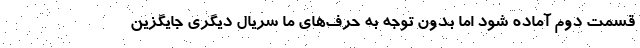
قسمت دوم آماده شود اما بدون توجه به حرف‌های ما سریال دیگری جایگزین